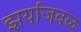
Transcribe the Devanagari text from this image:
झर्याजवळ